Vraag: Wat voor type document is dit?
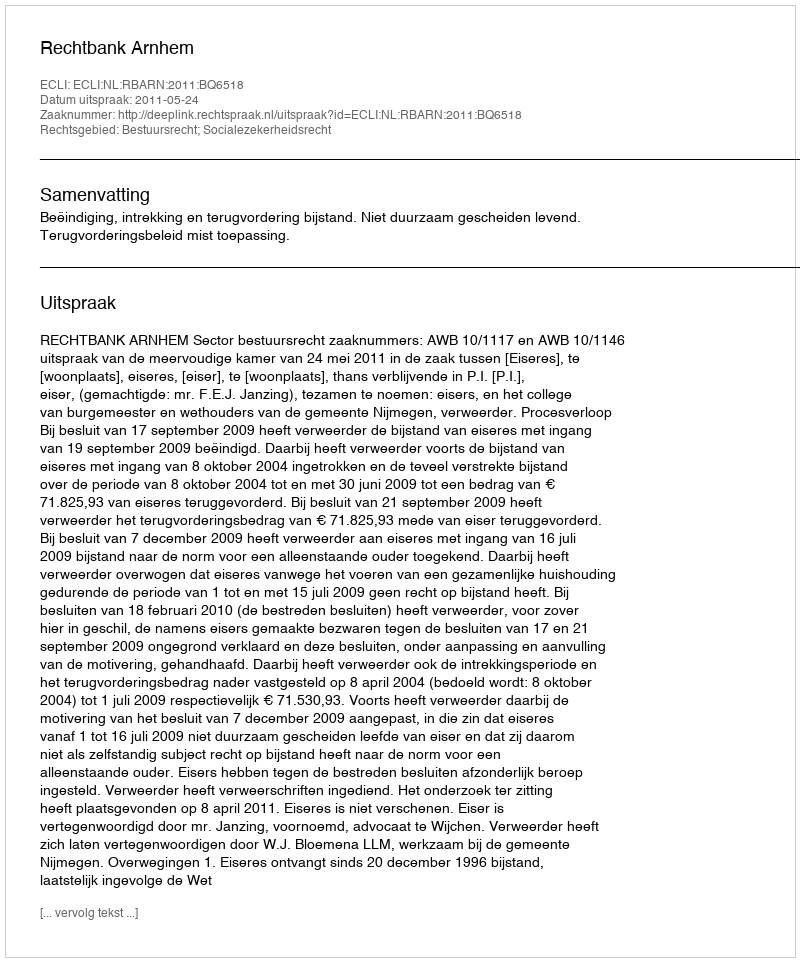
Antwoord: Uitspraak